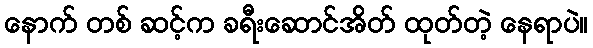
နောက် တစ် ဆင့်က ခရီးဆောင်အိတ် ထုတ်တဲ့ နေရာပဲ။